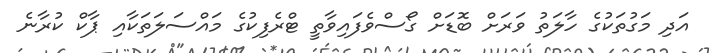
އަދި މަގުތަކުގެ ހާލަތު ވަރަށް ބޮޑަށް ގޯސްވެފައިވާތީ ޓްރެފިކުގެ މައްސަލަތަކާއި ޕާކް ކުރާނެ